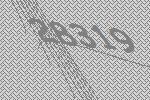
28319